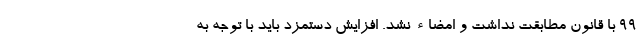
99 با قانون مطابقت نداشت و امضاء نشد. افزایش دستمزد باید با توجه به